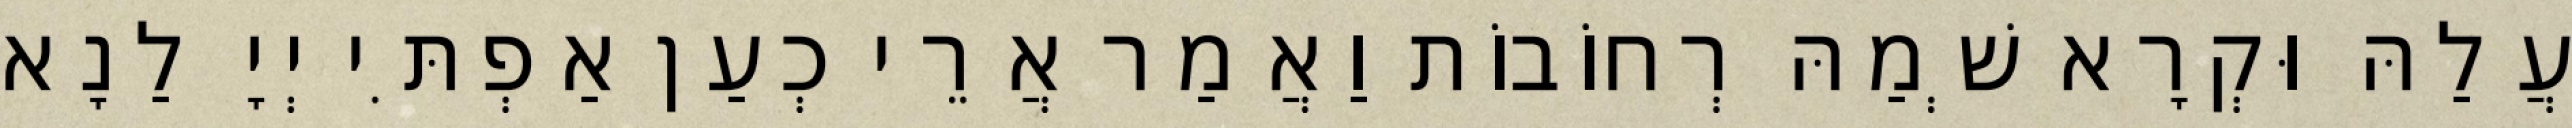
עֲלַהּ וּקְרָא שְׁמַהּ רְחוֹבוֹת וַאֲמַר אֲרֵי כְעַן אַפְתִּי יְיָ לַנָא